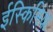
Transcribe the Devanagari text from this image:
ईस्किमिया